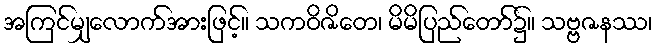
အကြင်မျှလောက်အားဖြင့်။ သကဝိဇိတေ၊ မိမိပြည်တော်၌။ သဗ္ဗဇနဿ၊